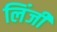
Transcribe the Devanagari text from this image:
लिंजी